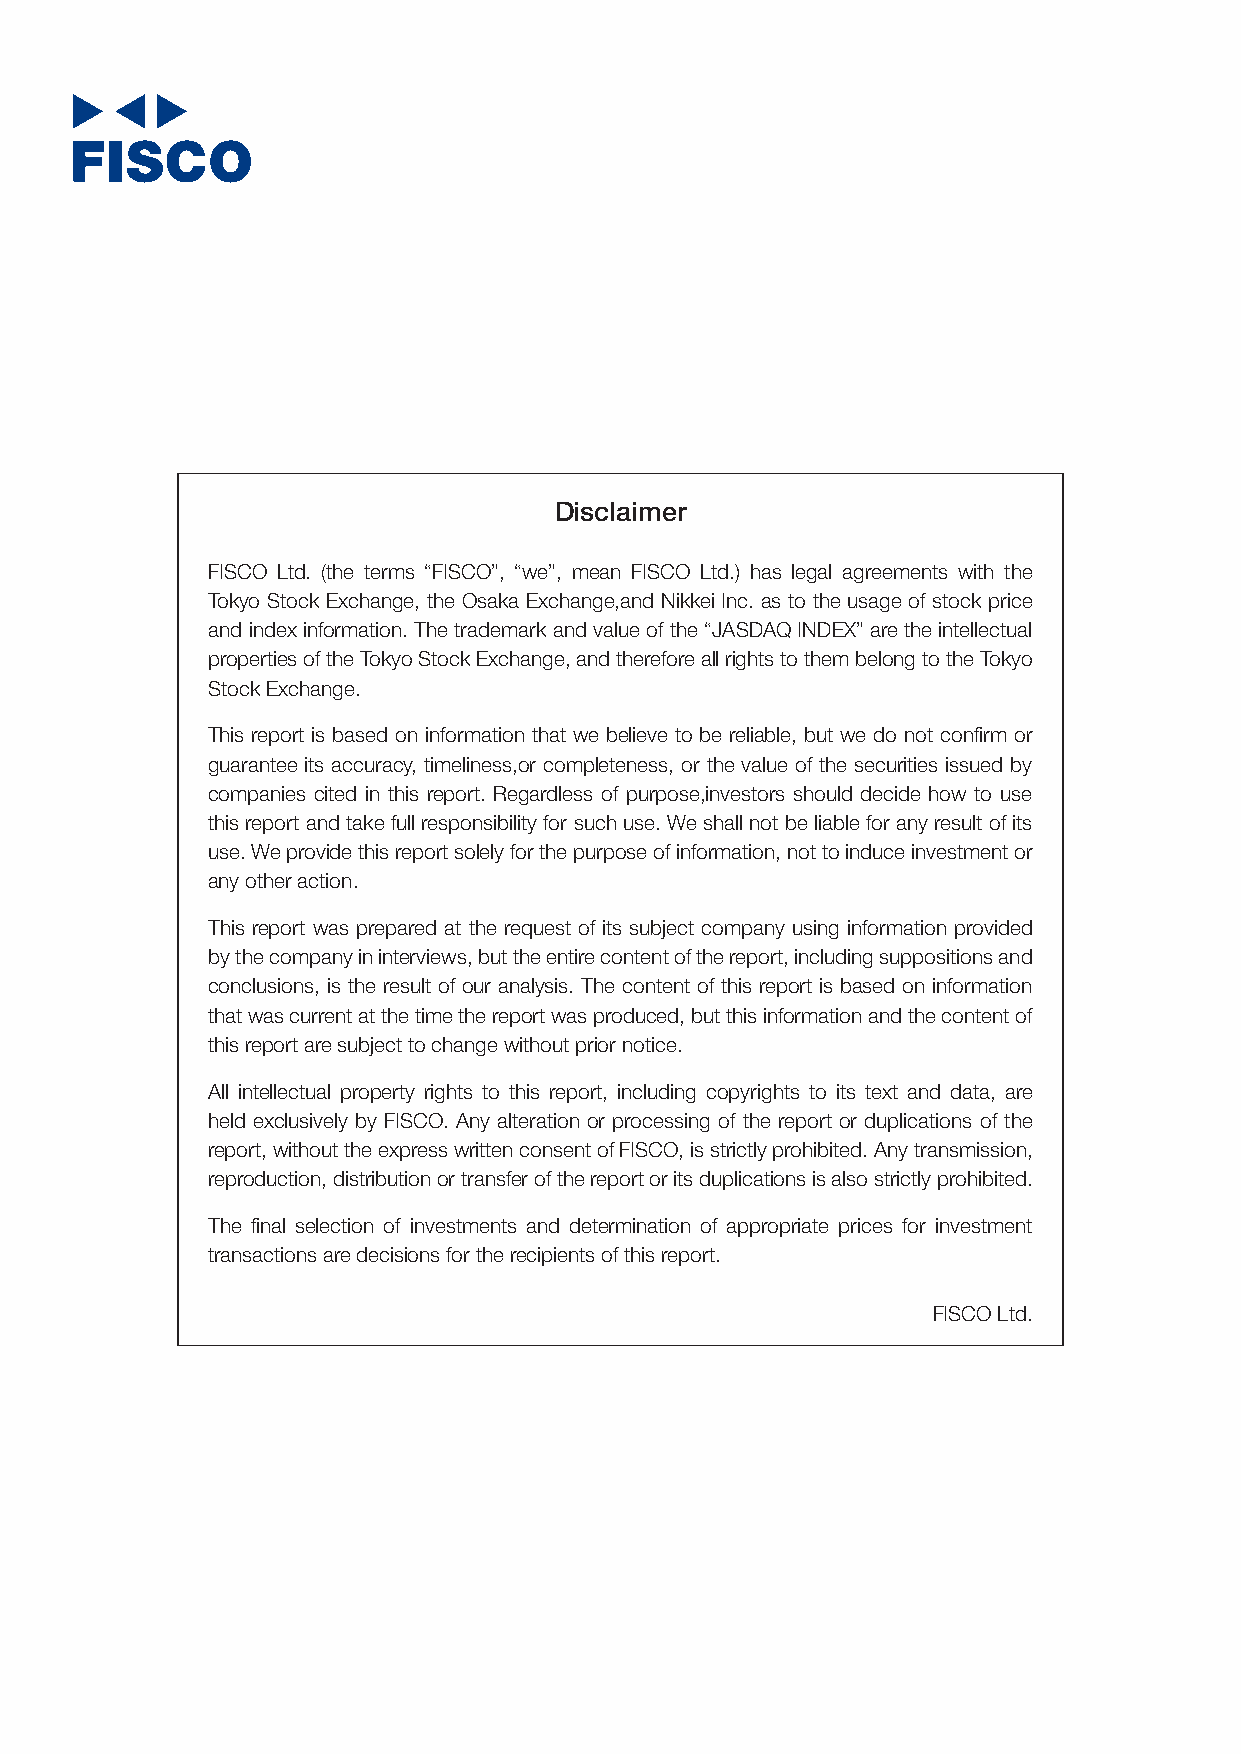
Disclaimer
 FISCO Ltd. (the terms “FISCO”, “we”, mean FISCO Ltd.) has legal agreements with the
 Tokyo Stock Exchange, the Osaka Exchange,and Nikkei Inc. as to the usage of stock price
 and index information. The trademark and value of the “JASDAQ INDEX” are the intellectual
 properties of the Tokyo Stock Exchange, and therefore all rights to them belong to the Tokyo
 Stock Exchange.
 This report is based on information that we believe to be reliable, but we do not confirm or
 guarantee its accuracy, timeliness,or completeness, or the value of the securities issued by
 companies cited in this report. Regardless of purpose,investors should decide how to use
 this report and take full responsibility for such use. We shall not be liable for any result of its
 use. We provide this report solely for the purpose of information, not to induce investment or
 any other action.
 This report was prepared at the request of its subject company using information provided
 by the company in interviews, but the entire content of the report, including suppositions and
 conclusions, is the result of our analysis. The content of this report is based on information
 that was current at the time the report was produced, but this information and the content of
 this report are subject to change without prior notice.
 All intellectual property rights to this report, including copyrights to its text and data, are
 held exclusively by FISCO. Any alteration or processing of the report or duplications of the
 report, without the express written consent of FISCO, is strictly prohibited. Any transmission,
 reproduction, distribution or transfer of the report or its duplications is also strictly prohibited.
 The final selection of investments and determination of appropriate prices for investment
 transactions are decisions for the recipients of this report.
 FISCO Ltd.